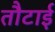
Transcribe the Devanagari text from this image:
तौटाई